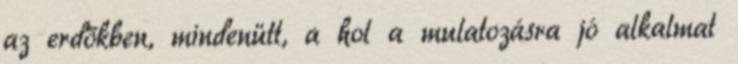
az erdőkben, mindenütt, a hol a mulatozásra jó alkalmat